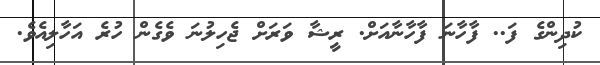
ކުދިންގެ ފަ.. ފާހާނަ ފާހާނާއަށް. ރީޝާ ވަރަށް ޖެހިލުނަ ވެގެން ހުރެ އަހާލިއެެވެ.